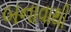
બનાવાથી